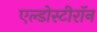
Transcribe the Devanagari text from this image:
एल्डोस्टीरॉन